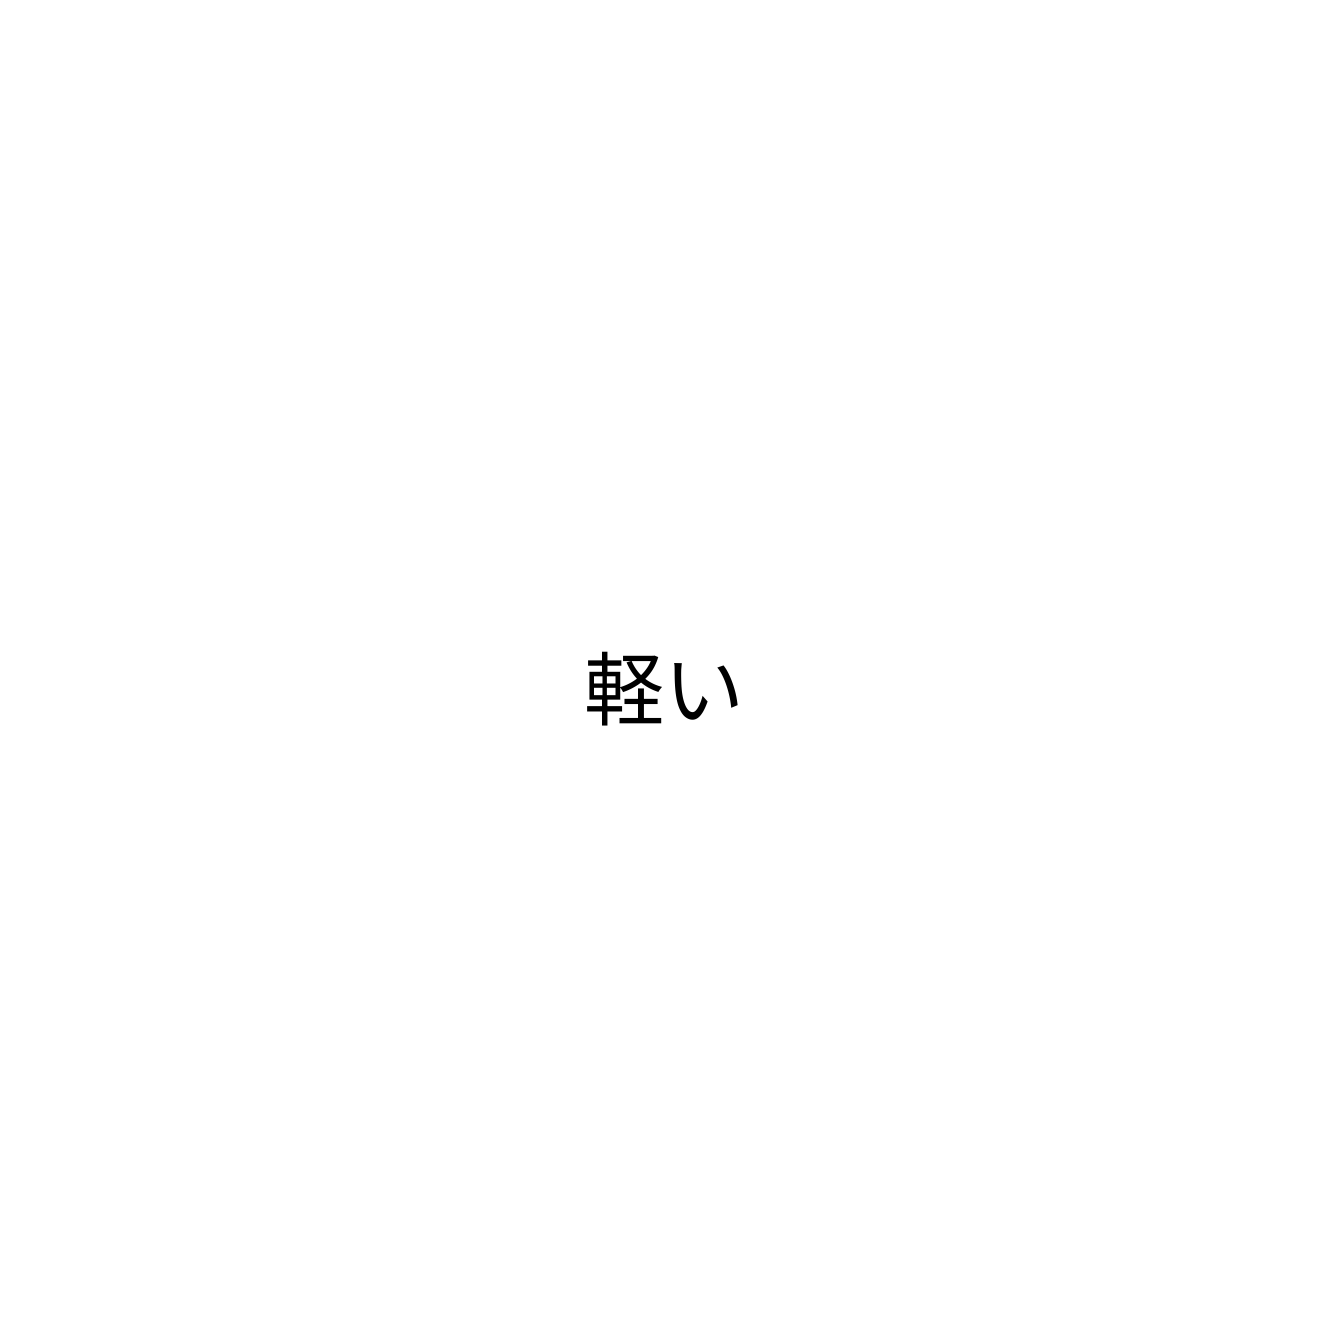
軽い